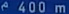
^{\mathrm{~e~}}4